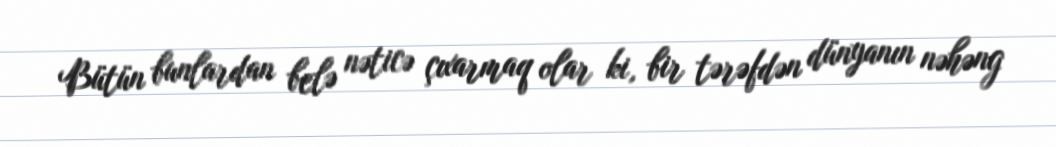
Bütün bunlardan belə nəticə çıxarmaq olar ki, bir tərəfdən dünyanın nəhəng